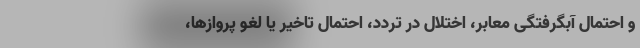
و احتمال آبگرفتگی معابر، اختلال در تردد، احتمال تاخیر یا لغو پروازها،